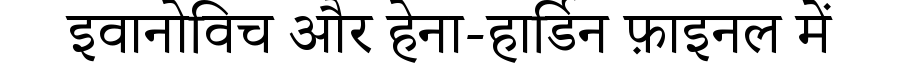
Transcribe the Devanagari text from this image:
इवानोविच और हेना-हार्डिन फ़ाइनल में